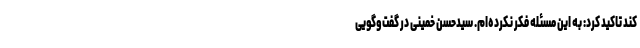
کند تاکید کرد: به این مسئله فکر نکرده‌ام. سیدحسن خمینی در گفت‌و‌گویی